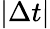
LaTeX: \lvert\Delta t\rvert